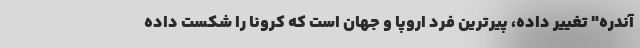
آندره" تغییر داده، پیرترین فرد اروپا و جهان است که کرونا را شکست داده